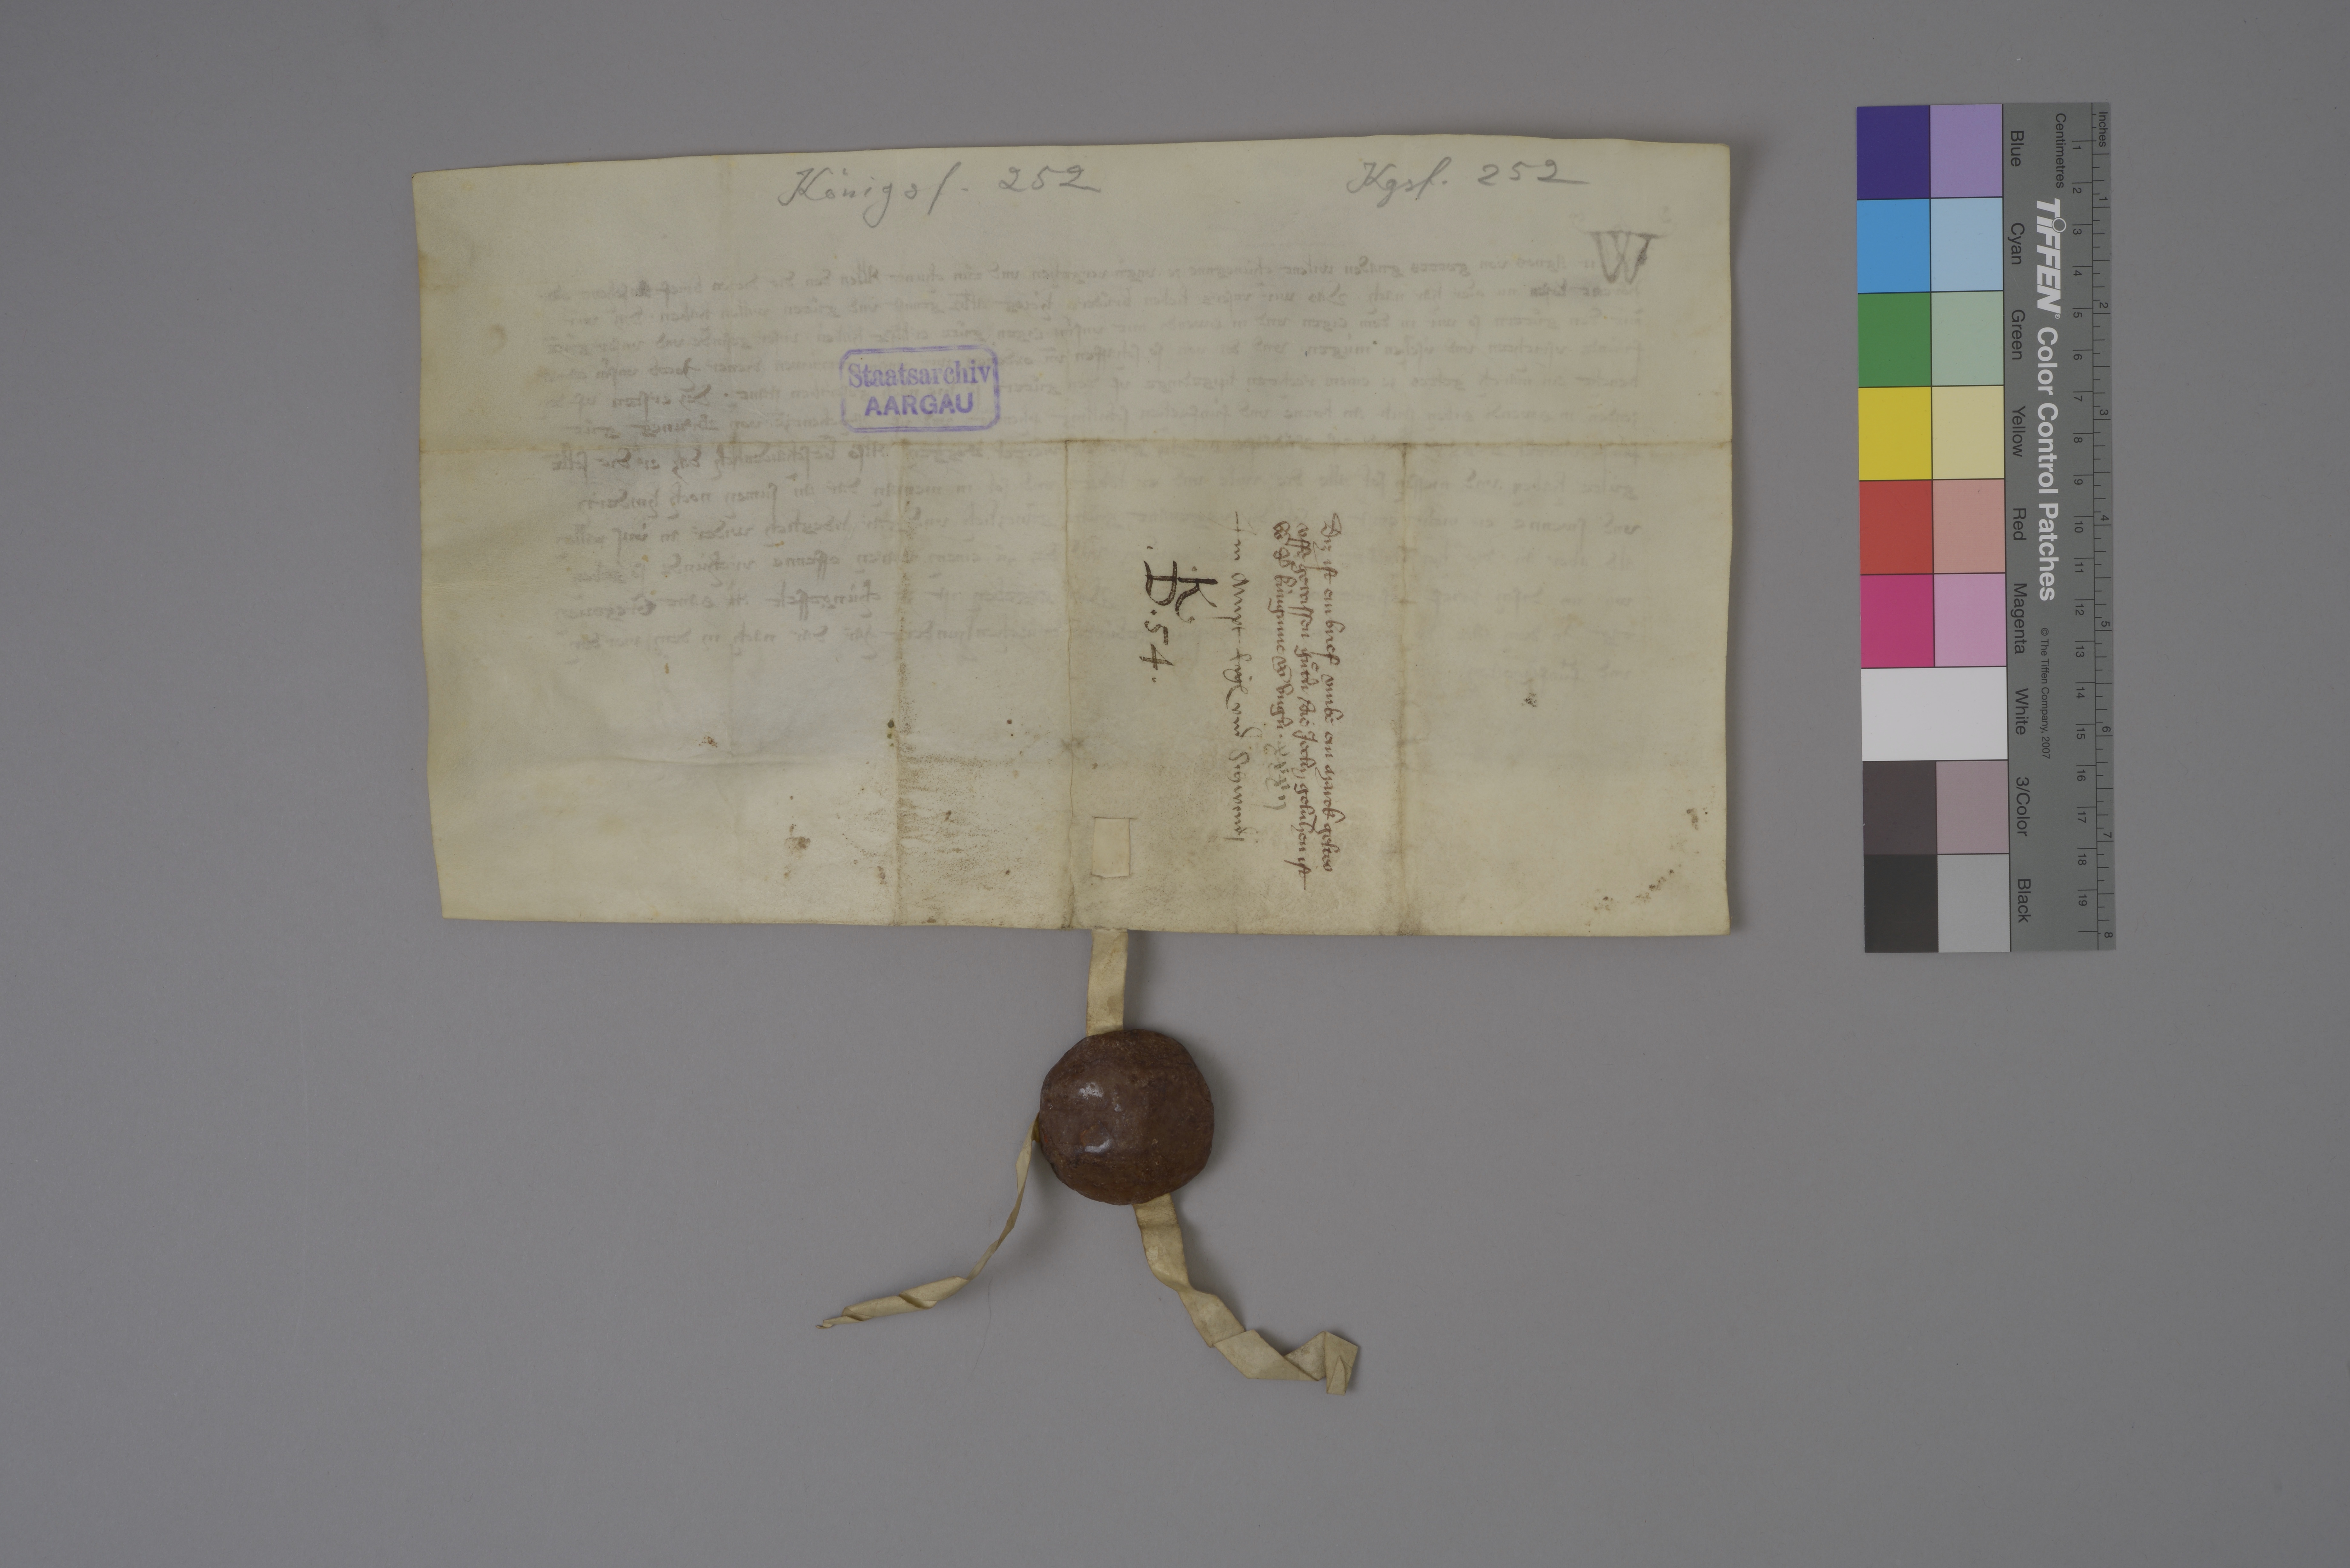
Transcription:
Königsf. 252

Kgsf. 252

Staatsarchiv
AARGAU

diz ist ein brief umbe ein marck geltes
uffe gewissen guͤtˀn ✳ die Joclin geluhen ist
vō dˀ kùnginne vō Ungˀn ✳

xxxij

im ampt ✳ Eig₎ und Schwendi

✳ K ✳
✳ D ✳ 54 ✳